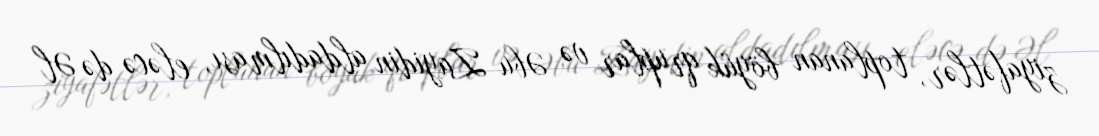
ziyafətlər, toplanan böyük qruplar və Əbu Zayidin aldadılması, eləcə də Əl